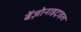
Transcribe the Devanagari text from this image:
बेंज़ोनाइट्राइल